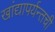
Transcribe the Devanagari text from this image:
खांद्यापर्यन्तची